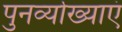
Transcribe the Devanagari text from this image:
पुनर्व्याख्याएं